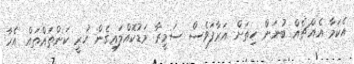
އެކަމާ އެއްޗެއް ބުނަން ހިތަށް އަރާފަވެސް ސަމީރާ މަޑުކޮއްލައިގެން ހުރީ ކަންތައްތައް އެހާ